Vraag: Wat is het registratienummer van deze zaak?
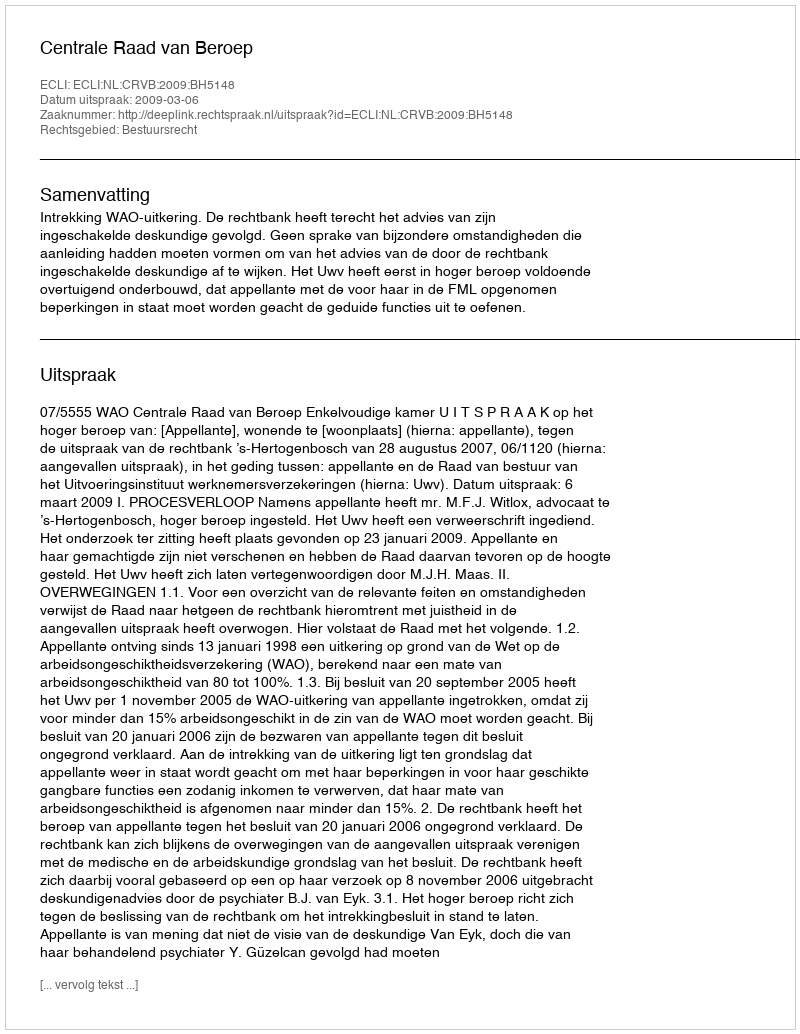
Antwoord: http://deeplink.rechtspraak.nl/uitspraak?id=ECLI:NL:CRVB:2009:BH5148